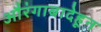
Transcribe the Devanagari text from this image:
औरंगाबादेहून